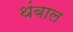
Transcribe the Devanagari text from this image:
थंबाल